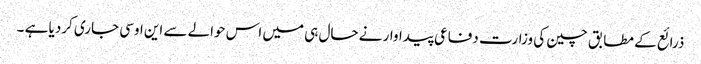
ذرائع کے مطابق چین کی وزارت دفاعی پیداوار نے حال ہی میں اس حوالے سے این اوسی جاری کردیا ہے ۔